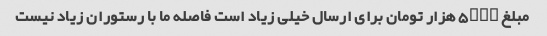
مبلغ ۵۰۰۰ هزار تومان برای ارسال خیلی زیاد است فاصله ما با رستوران زیاد نیست